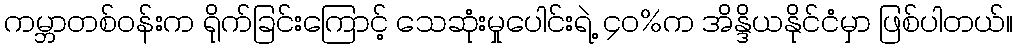
ကမ္ဘာတစ်ဝန်းက ရိုက်ခြင်းကြောင့် သေဆုံးမှုပေါင်းရဲ့ ၄၀%က အိန္ဒိယနိုင်ငံမှာ ဖြစ်ပါတယ်။